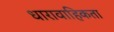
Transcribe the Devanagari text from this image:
धारावाहिकता